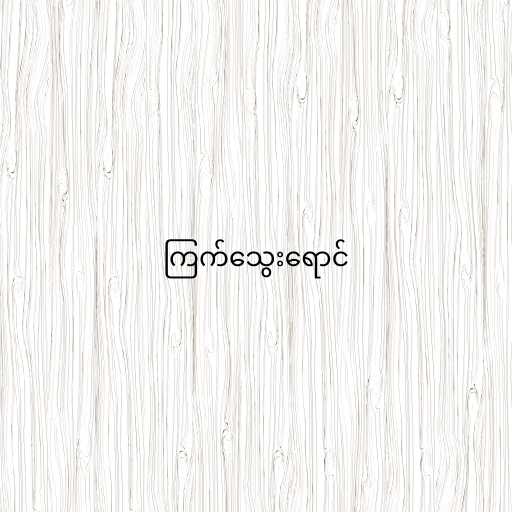
ကြက်သွေးရောင်